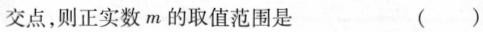
交点，则正实数m的取值范围是 ( )